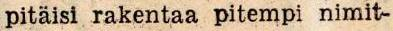
pitäisi rakentaa pitempi nimit-